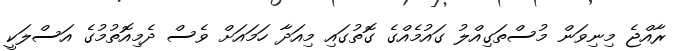
ރާއްޖެ މިނިވަން މުސްތަގިއްލު ގައުމެއްގެ ގޮތުގައި މިއަދާ ހަމައަށް ވެސް ދެމިއޮތުމުގެ އަސްލަކީ